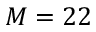
M = 2 2